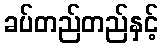
ခပ်တည်တည်နှင့်